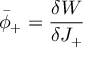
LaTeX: \bar { \phi } _ { + } = \frac { \delta W } { \delta J _ { + } }